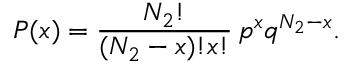
P ( x ) = \frac { N _ { 2 } ! } { ( N _ { 2 } - x ) ! x ! } \, p ^ { x } q ^ { N _ { 2 } - x } .